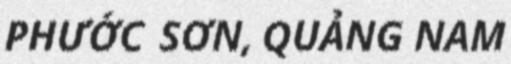
PHƯỚC SƠN, QUẢNG NAM